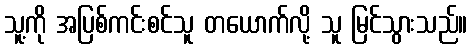
သူ့ကို အပြစ်ကင်းစင်သူ တယောက်လို့ သူ မြင်သွားသည်။